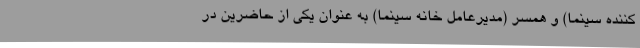
کننده سینما) و همسر (مدیرعامل خانه سینما) به عنوان یکی از حاضرین در